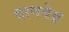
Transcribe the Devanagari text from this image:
दानवेद्र